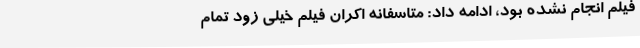
فیلم انجام نشده بود، ادامه داد: متاسفانه اکران فیلم خیلی زود تمام